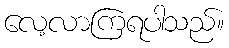
လေ့လာကြရပါသည်။